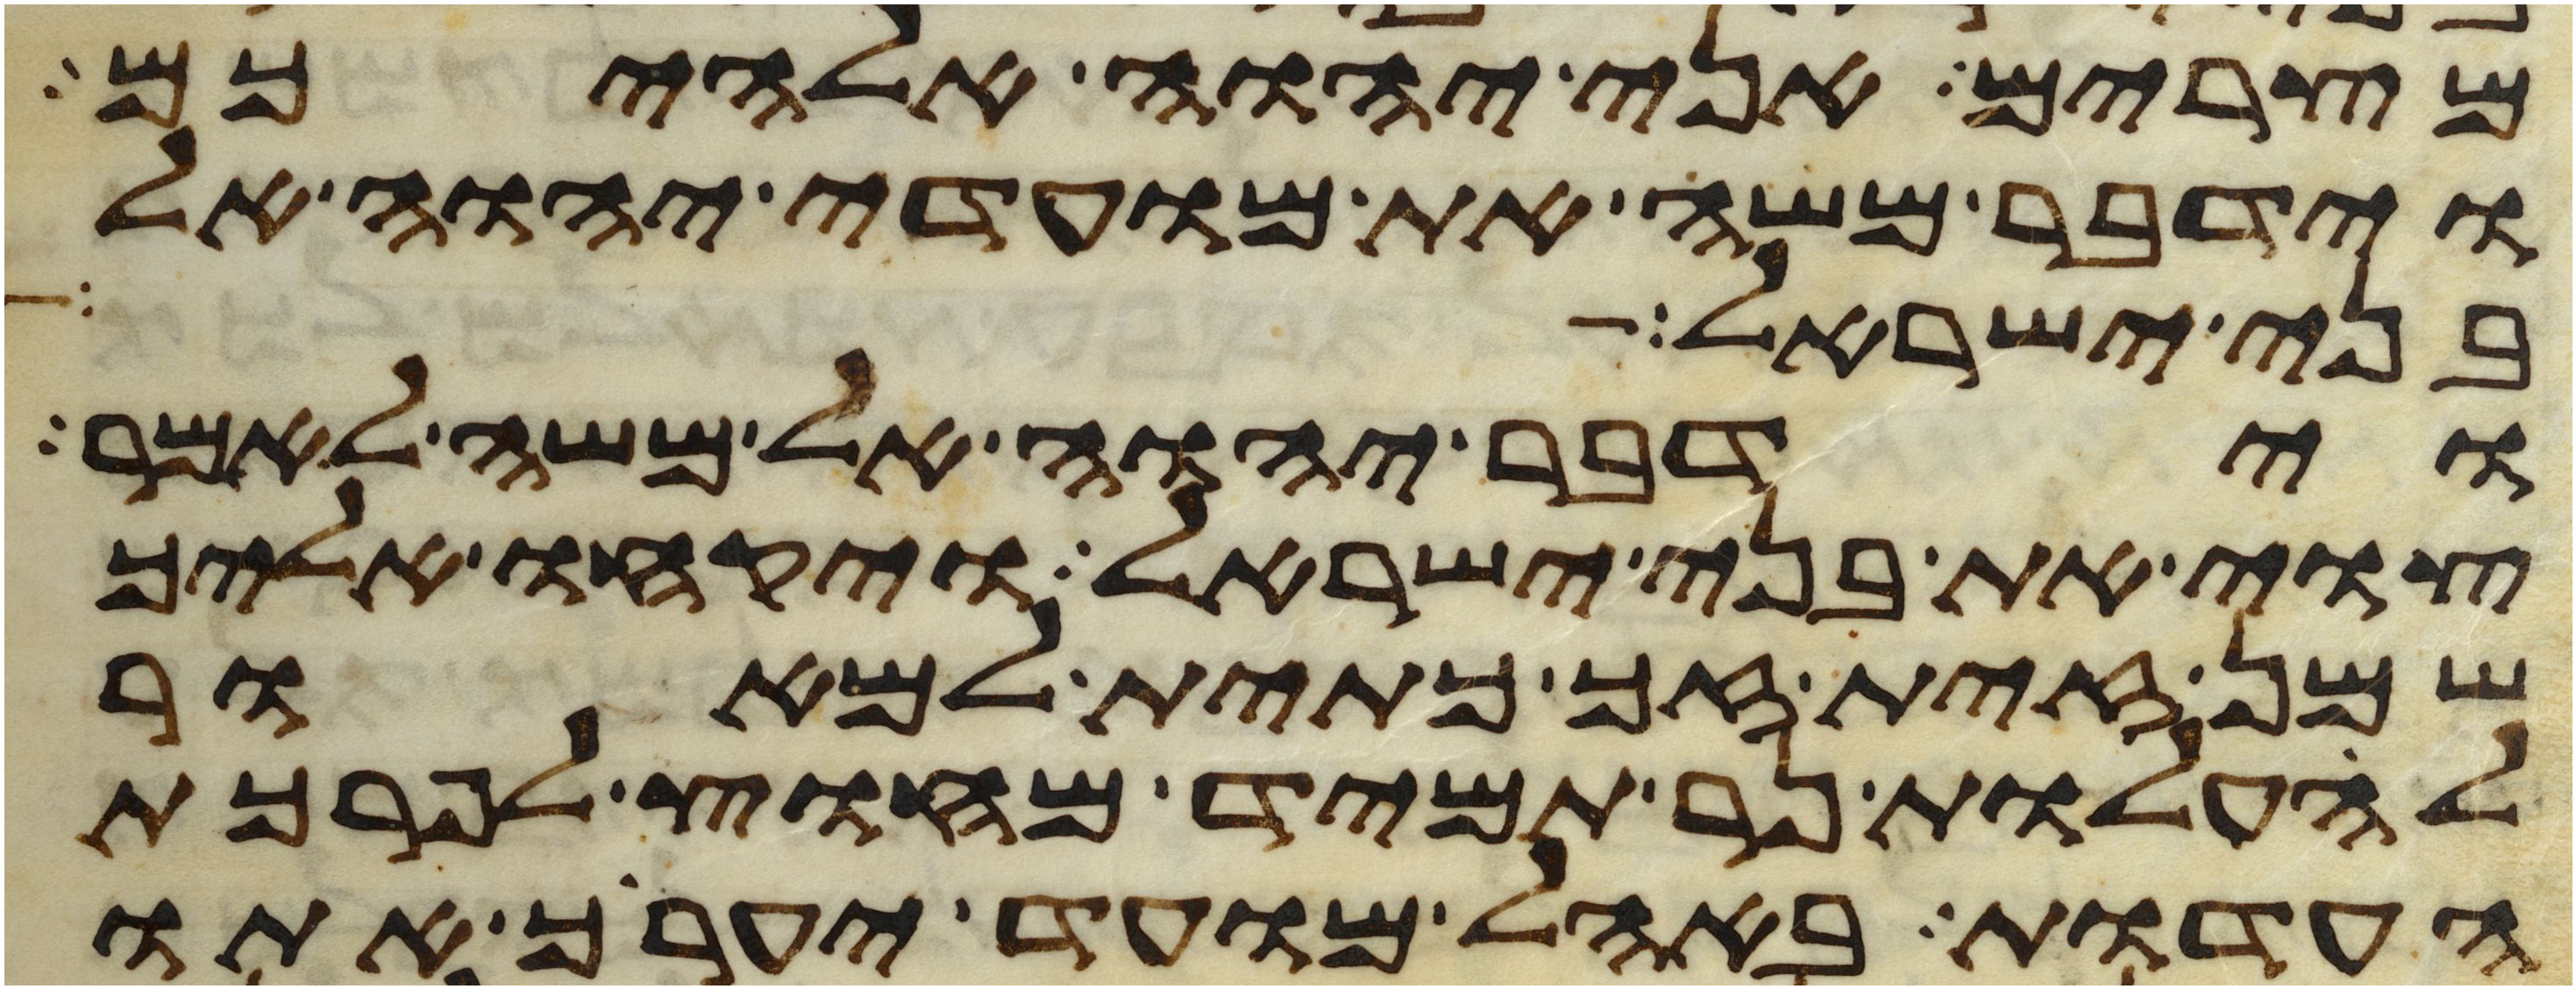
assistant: מצרים אני יהוה אלהיכם
וידבר משה את מועדי יהוה אל
בני ישראל
וידבר יהוה אל משה לאמר
צוי את בני ישראל ויקחו אליך
שמן זית זך כתית למאור
להעלות נר תמיד מחוץ לפרכת
העדות באהל מועד יערך אתו